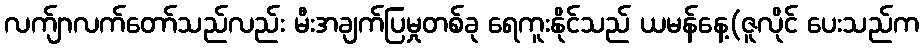
လက်ျာလက်တော်သည်လည်း မီးအချက်ပြမှုတစ်ခု ရေကူးနိုင်သည် ယမန်နေ့(ဇူလိုင် ပေးသည်က